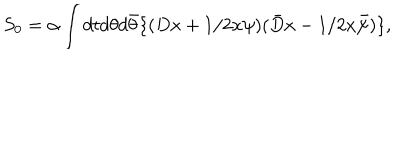
LaTeX: S _ { 0 } = \alpha \int d t d \theta d \bar { \theta } \{ ( D x + 1 / 2 x \psi ) ( \bar { D } x - 1 / 2 x \bar { \psi } ) \} ,